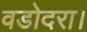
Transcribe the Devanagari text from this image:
वडोदरा।